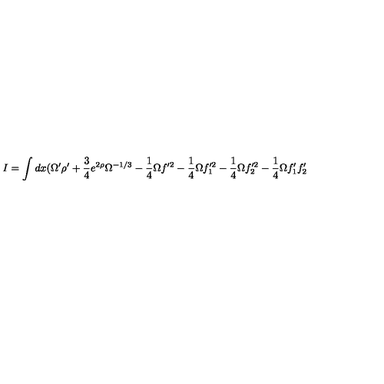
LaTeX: I = \int d x ( \Omega ^ { \prime } \rho ^ { \prime } + \frac { 3 } { 4 } e ^ { 2 \rho } \Omega ^ { - 1 / 3 } - \frac { 1 } { 4 } \Omega f ^ { \prime 2 } - \frac { 1 } { 4 } \Omega f _ { 1 } ^ { \prime 2 } - \frac { 1 } { 4 } \Omega f _ { 2 } ^ { \prime 2 } - \frac { 1 } { 4 } \Omega f _ { 1 } ^ { \prime } f _ { 2 } ^ { \prime }